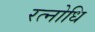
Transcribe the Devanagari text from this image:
रत्नोधि